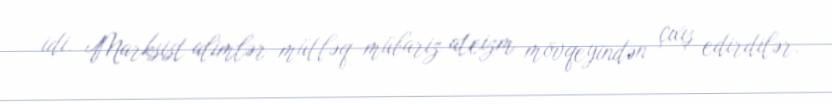
idi. Marksist alimlər mütləq mübariz ateizm mövqeyindən çıxış edirdilər.